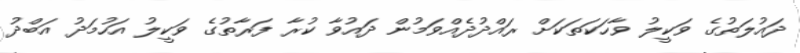
ދައުލަތުގެ ވަކީލު ވާހަކަތަކަށް ރައްދުދެއްވަމުން ދައުވާ ކުރާ ފަރާތުގެ ވަކީލު އަހުމަދު އަބްދު